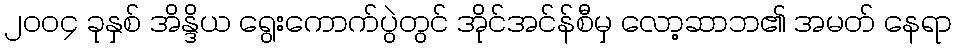
၂၀၀၄ ခုနှစ် အိန္ဒိယ ရွေးကောက်ပွဲတွင် အိုင်အင်န်စီမှ လော့ဆာဘ၏ အမတ် နေရာ